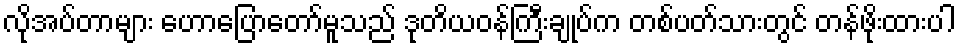
လိုအပ်တာများ ဟောပြောတော်မူသည် ဒုတိယဝန်ကြီးချုပ်က တစ်ပတ်သားတွင် တန်ဖိုးထားပါ